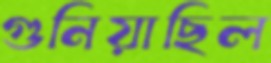
গুনিয়াছিল